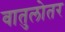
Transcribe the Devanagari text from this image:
वातुलोतर